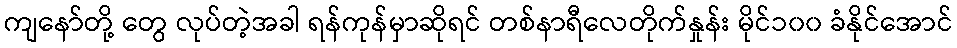
ကျနော်တို့ တွေ လုပ်တဲ့အခါ ရန်ကုန်မှာဆိုရင် တစ်နာရီလေတိုက်နှုန်း မိုင်၁၀၀ ခံနိုင်အောင်